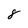
Character: 8